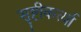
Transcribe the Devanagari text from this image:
सृष्टीकर्त्या